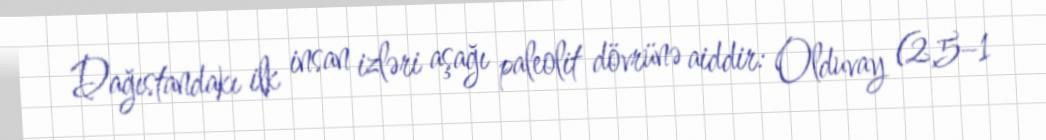
Dağıstandakı ilk insan izləri aşağı paleolit dövrünə aiddir: Olduvay (2,5–1